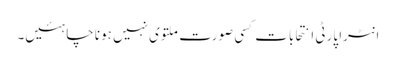
انٹرا پارٹی انتحابات کسی صورت ملتوی نہیں ہونا چاہئیں۔